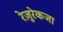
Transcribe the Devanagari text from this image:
रेज़ुरेकजा